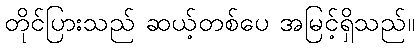
တိုင်ပြားသည် ဆယ့်တစ်ပေ အမြင့်ရှိသည်။